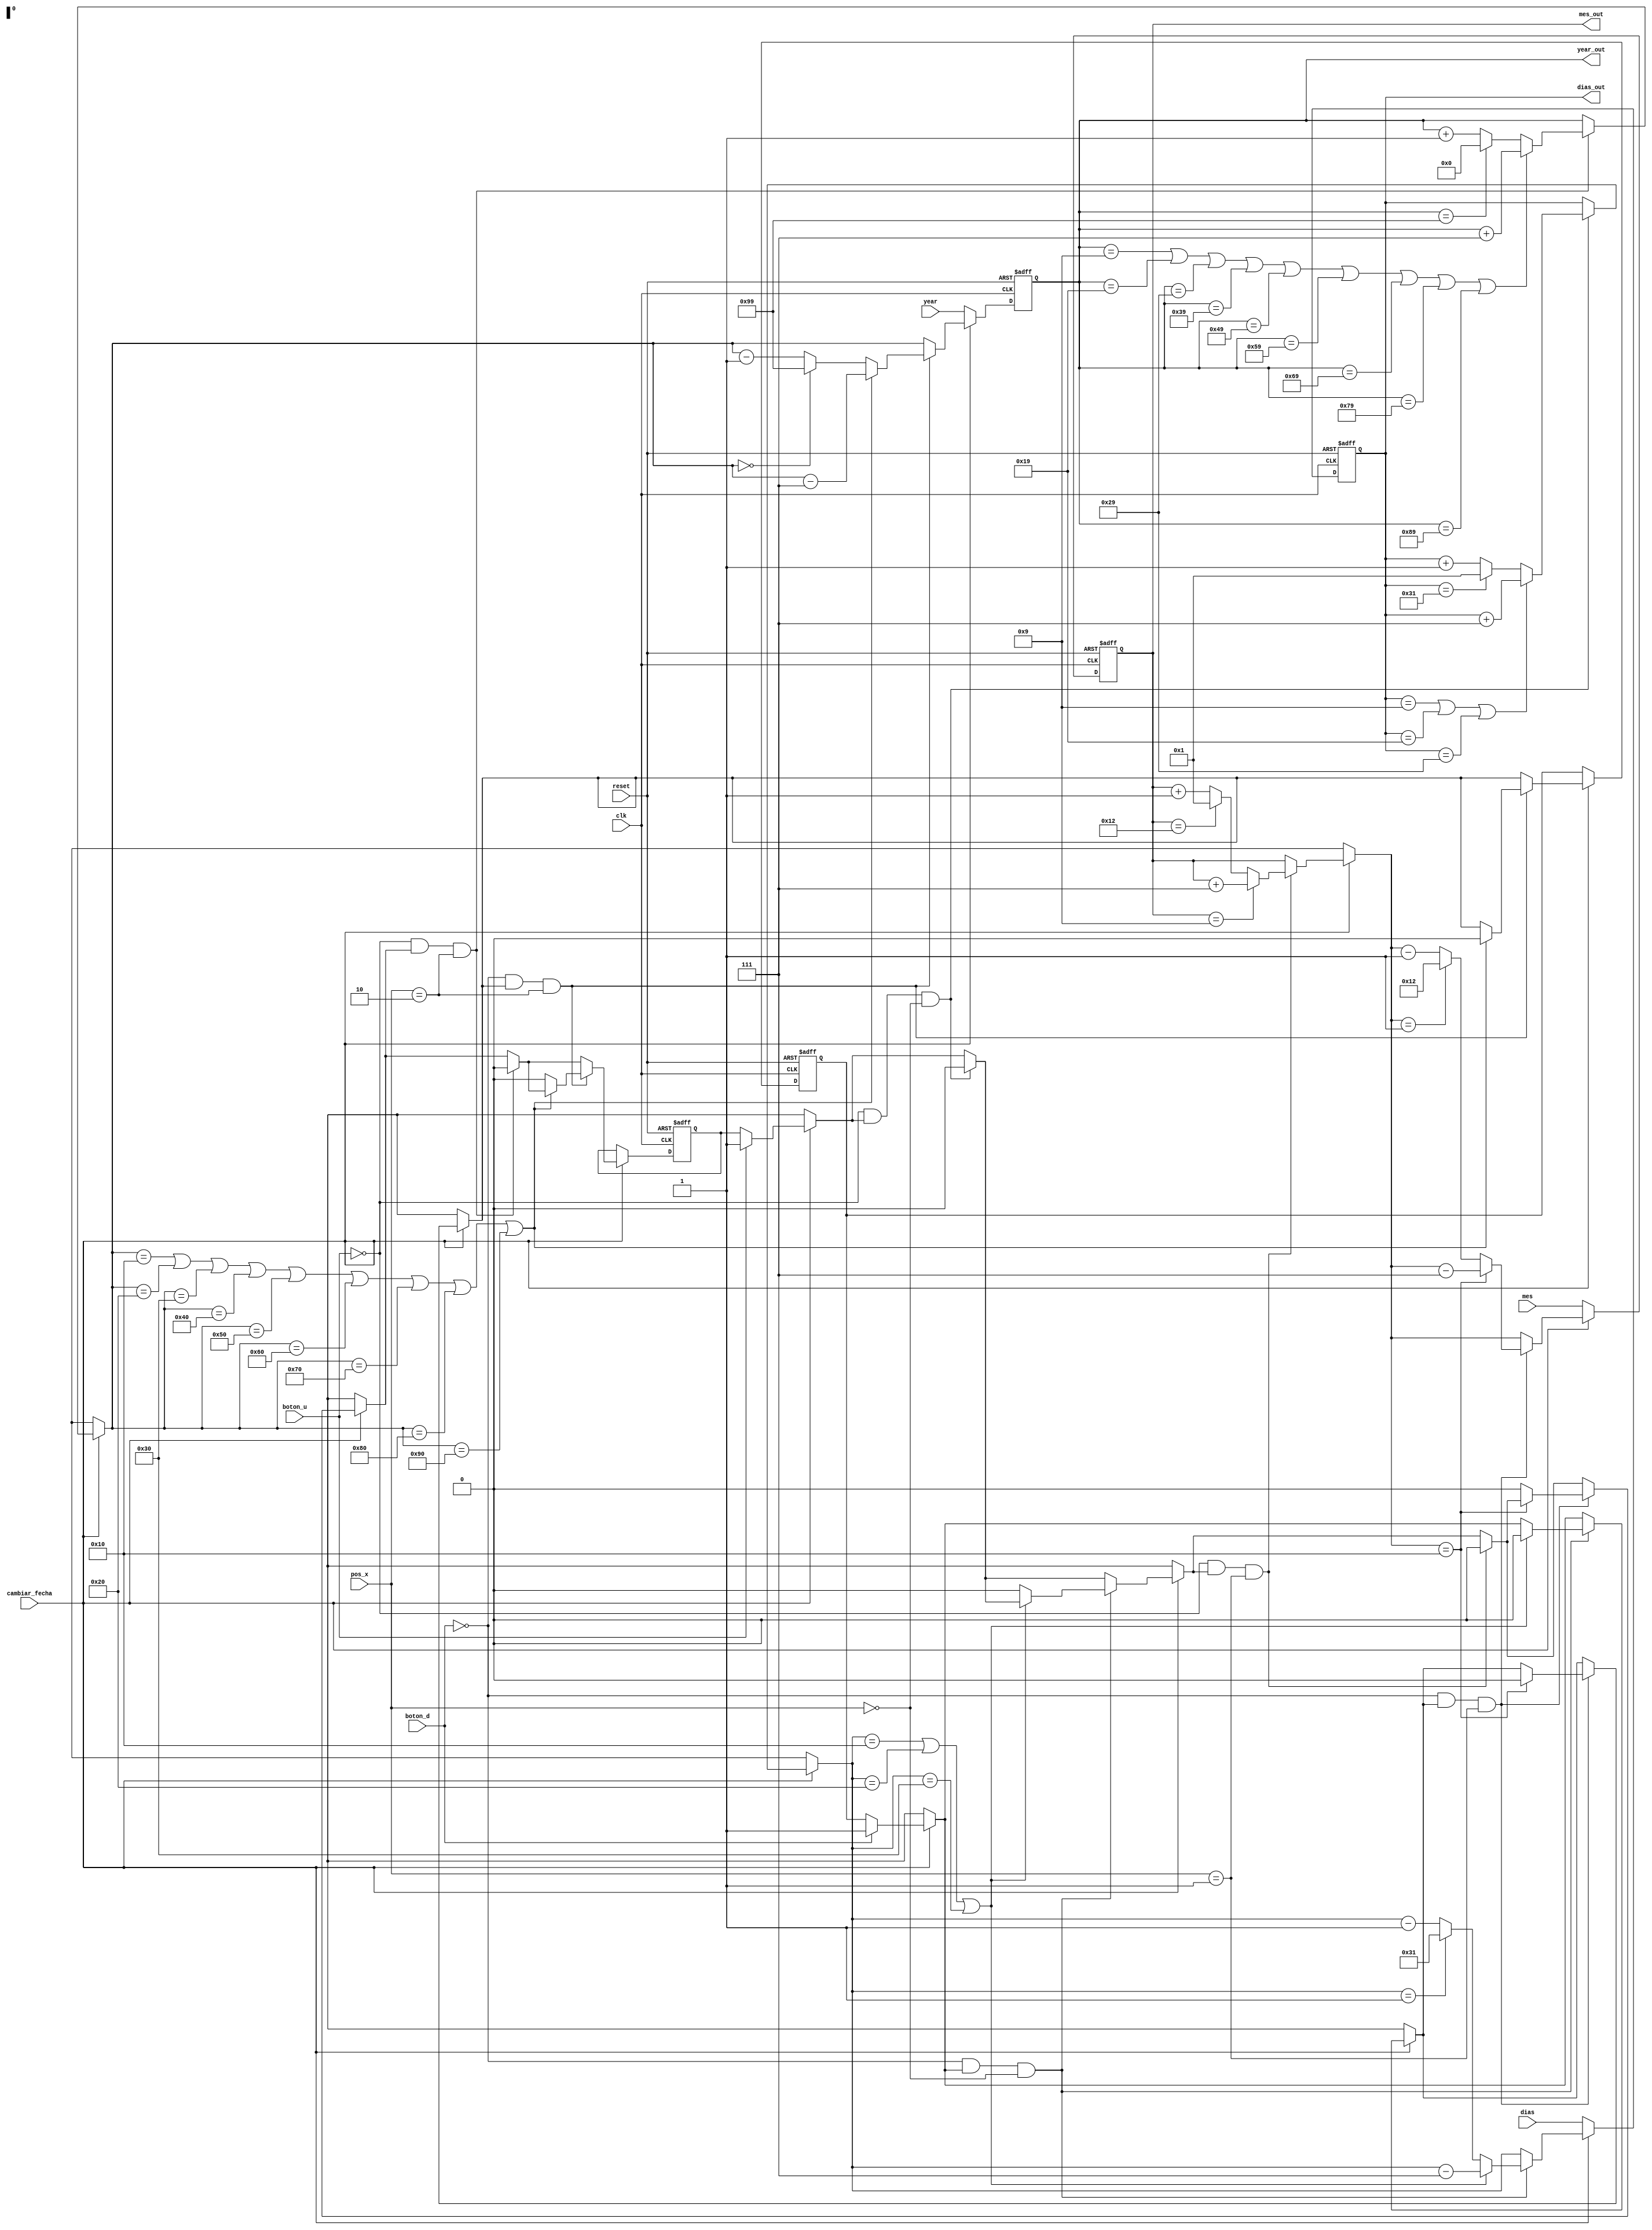
`timescale 1ns / 1ps
//////////////////////////////////////////////////////////////////////////////////
// Company:
// Engineer:
//
// Design Name:
// Module Name: contador_fecha
// Project Name:
// Target Devices:
// Tool Versions:
// Description:
//
// Dependencies:
//
// Revision:
// Revision 0.01 - File Created
// Additional Comments:
//
//////////////////////////////////////////////////////////////////////////////////


module contador_fecha(
    input clk, reset,
    input boton_u, boton_d, cambiar_fecha,
    input [7:0] dias, mes, year,
    input [1:0] pos_x,
    output [7:0] dias_out, mes_out, year_out
    );

reg [7:0] count_dias, count_mes, count_year;
reg state_boton_u, state_boton_d;

always @ (posedge clk, posedge reset)
begin
if (reset)
begin
    count_dias = 8'h01;
    count_mes = 8'h01;
    count_year = 8'h00;
    state_boton_u = 0;
    state_boton_d = 0;
end
else
begin
    if (~cambiar_fecha)
    begin
        count_dias = dias;
        count_mes = mes;
        count_year = year;
    end
    else
    begin
        if (boton_u)
        begin
            state_boton_u = 1;
        end
        if (boton_d)
        begin
            state_boton_d = 1;
        end
        if (~boton_u & state_boton_u & (pos_x == 0))
        begin
            if (count_dias == 8'h9 | count_dias == 8'h19 | count_dias == 8'h29 )
            begin
                count_dias = count_dias + 8'h07;
                state_boton_u = 0;
            end
            else if (count_dias == 8'h31)
            begin
                count_dias = 8'h01;
                state_boton_u = 0;
            end
            else
            begin
                count_dias = count_dias + 1;
                state_boton_u = 0;
            end
        end
        if (~boton_d & state_boton_d & (pos_x == 0))
        begin
            if (count_dias == 8'h10 | count_dias == 8'h20 | count_dias == 8'h30 )
            begin
                count_dias = count_dias - 8'h07;
                state_boton_d = 0;
            end
            else if (count_dias == 8'h01)
            begin
                count_dias = 8'h31;
                state_boton_u = 0;
            end
            else
            begin
                count_dias = count_dias - 1;
                state_boton_u = 0;
            end
        end
        if (~boton_u & state_boton_u & (pos_x == 1))//mes
        begin
            if (count_mes == 8'h9 )
            begin
                count_mes = count_mes + 8'h07;
                state_boton_u = 0;
            end
            else if (count_mes == 8'h12)
            begin
                count_mes = 8'h01;
                state_boton_u = 0;
            end
            else
            begin
                count_mes = count_mes + 1;
                state_boton_u = 0;
            end
        end
        if (~boton_d & state_boton_d & (pos_x == 1))
        begin
            if (count_mes == 8'h10)
            begin
                count_mes = count_mes - 8'h07;
                state_boton_d = 0;
            end
            else if (count_mes == 8'h01)
            begin
                count_mes = 8'h12;
                state_boton_u = 0;
            end
            else
            begin
                count_mes = count_mes - 1;
                state_boton_u = 0;
            end
        end
        if (~boton_u & state_boton_u & (pos_x == 2))//hora
        begin
            if (count_year == 8'h09 | count_year == 8'h19 | count_year == 8'h29 | count_year == 8'h39 |
                count_year == 8'h49 | count_year == 8'h59 | count_year == 8'h69 | count_year == 8'h79 | count_year == 8'h89)
            begin
                count_year = count_year + 8'h07;
                state_boton_u = 0;
            end
            else if (count_year == 8'h99)
            begin
                count_year = 8'h00;
                state_boton_u = 0;
            end
            else
            begin
                count_year = count_year + 1;
                state_boton_u = 0;
            end
        end
        if (~boton_d & state_boton_d & (pos_x == 2))
        begin
            if (count_year == 8'h10 | count_year == 8'h20 | count_year == 8'h30 | count_year == 8'h40 |
                count_year == 8'h50 | count_year == 8'h60 | count_year == 8'h70 | count_year == 8'h80 | count_year == 8'h90)
            begin
                count_year = count_year - 8'h07;
                state_boton_d = 0;
            end
            else if (count_year == 8'h00)
            begin
                count_year = 8'h99;
                state_boton_u = 0;
            end
            else
            begin
                count_year = count_year - 1;
                state_boton_u = 0;
            end
        end
    end
end
end

assign dias_out = count_dias;
assign mes_out = count_mes;
assign year_out = count_year;

endmodule